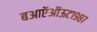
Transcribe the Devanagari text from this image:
बआऍऑऊट१९८७